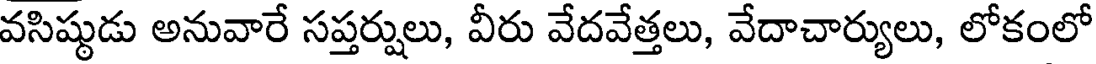
వసిష్టుడు అనువారే సప్తర్షులు, వీరు వేదవేత్తలు, వేదాచార్యులు, లోకంలో